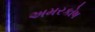
અમરકોષ